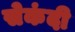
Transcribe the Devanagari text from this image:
सेकंदी